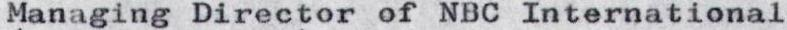
Managing Director of NBC International